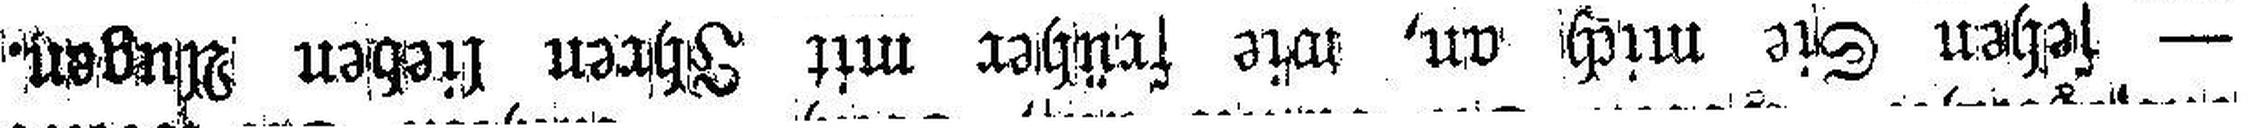
— sehen Sie mich an, wie früher mit Ihren lieben Augen.